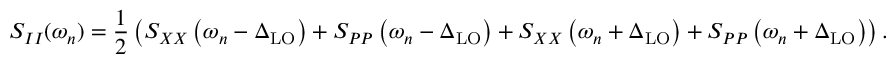
S _ { I I } ( \omega _ { n } ) = \frac { 1 } { 2 } \left( S _ { X X } \left( \omega _ { n } - \Delta _ { \mathrm { L O } } \right) + S _ { P P } \left( \omega _ { n } - \Delta _ { \mathrm { L O } } \right) + S _ { X X } \left( \omega _ { n } + \Delta _ { \mathrm { L O } } \right) + S _ { P P } \left( \omega _ { n } + \Delta _ { \mathrm { L O } } \right) \right) .